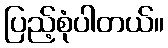
ပြည့်စုံပါတယ်။